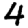
Digit: 4